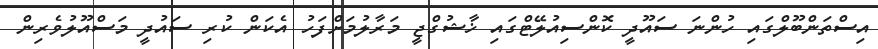
އިސްތަންބޫލްގައި ހުންނަ ސައޫދީ ކޮންސިއުލޭޓްގައި ޚާޝުގްޖީ މަރާލުމަށްފަހު އެކަން ކުރި ސައުދީ މަސްއޫލުވެރިން